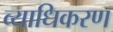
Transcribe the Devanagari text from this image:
व्याधिकरण